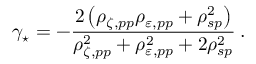
\gamma _ { \star } = - \frac { 2 \left( \rho _ { \zeta , p p } \rho _ { \varepsilon , p p } + \rho _ { s p } ^ { 2 } \right) } { \rho _ { \zeta , p p } ^ { 2 } + \rho _ { \varepsilon , p p } ^ { 2 } + 2 \rho _ { s p } ^ { 2 } } \: .